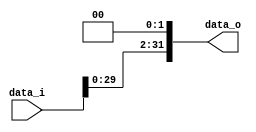
//Subject:      CO project 2 - Shift_Left_Two_32
//--------------------------------------------------------------------------------
//Version:     1
//--------------------------------------------------------------------------------
//Writer:       109550020
//----------------------------------------------
//----------------------------------------------
//Description: 
//--------------------------------------------------------------------------------
`timescale 1ns/1ps
module Shift_Left_Two_32(
    data_i,
    data_o
    );

//I/O ports                    
input [32-1:0] data_i;
output [32-1:0] data_o;

//shift left 2
assign data_o[31:0] = {data_i[29:0], 2'b00};
     
endmodule